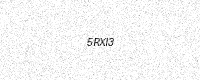
Text: 5RXI3